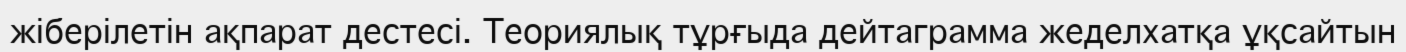
жіберілетін ақпарат дестесі. Теориялық тұрғыда дейтаграмма жеделхатқа ұқсайтын